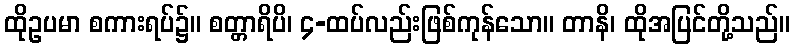
ထိုဥပမာ စကားရပ်၌။ စတ္တာရိပိ၊ ၄-ထပ်လည်းဖြစ်ကုန်သော။ တာနိ၊ ထိုအပြင်တို့သည်။